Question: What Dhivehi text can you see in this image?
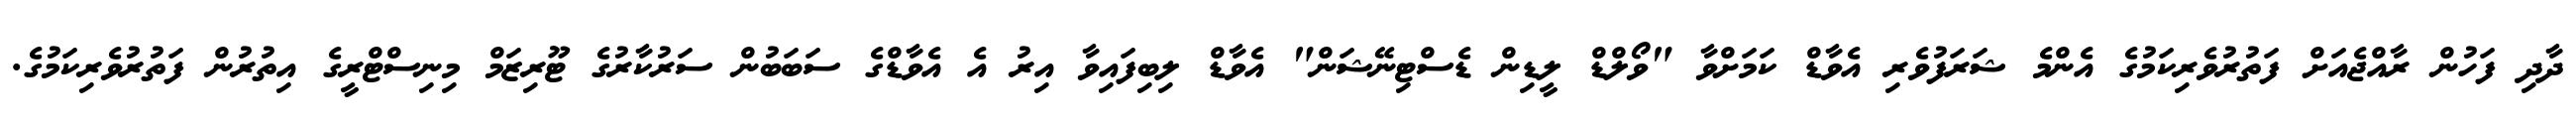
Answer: ދާދި ފަހުން ރާއްޖެއަށް ފަތުރުވެރިކަމުގެ އެންމެ ޝަރަފުވެރި އެވާޑް ކަމަށްވާ "ވޯލްޑް ލީޑިން ޑެސްޓިނޭޝަން" އެވާޑް ލިބިފައިވާ އިރު އެ އެވާޑްގެ ސަބަބުން ސަރުކާރުގެ ޓޫރިޒަމް މިނިސްޓްރީގެ އިތުރުން ފަތުރުވެރިކަމުގެ.